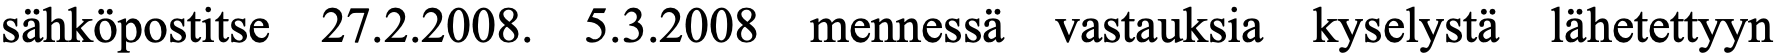
sähköpostitse 27.2.2008. 5.3.2008 mennessä vastauksia kyselystä lähetettyyn